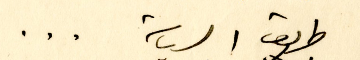
طريق السياسة ...